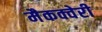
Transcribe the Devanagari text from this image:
मैकक्वेरी